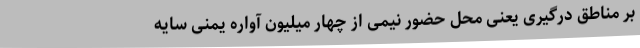
بر مناطق درگیری یعنی محل حضور نیمی از چهار میلیون آواره یمنی سایه